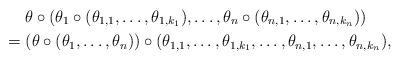
LaTeX: \begin{align*}& \theta \circ (\theta_1 \circ (\theta_{1,1}, \ldots, \theta_{1,k_1}), \ldots, \theta_n \circ (\theta_{n,1}, \ldots,\theta_{n,k_n})) \\= {} & (\theta \circ (\theta_1, \ldots, \theta_n)) \circ (\theta_{1,1}, \ldots, \theta_{1,k_1}, \ldots, \theta_{n,1}, \ldots, \theta_{n,k_n}),\end{align*}